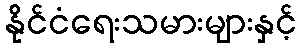
နိုင်ငံရေးသမားများနှင့်